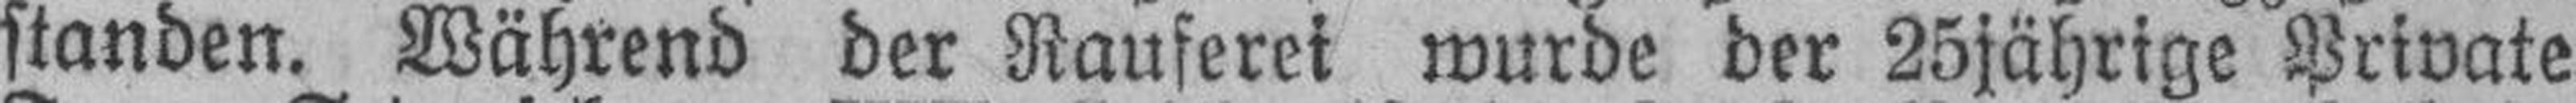
standen. Während der Rauferei wurde der 25jährige Private